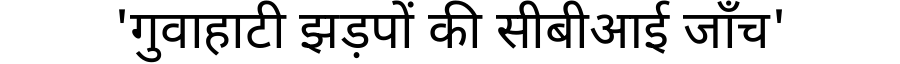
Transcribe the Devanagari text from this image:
'गुवाहाटी झड़पों की सीबीआई जाँच'